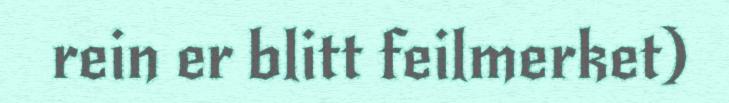
rein er blitt feilmerket)